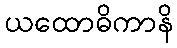
ယထောဓိကာနိ